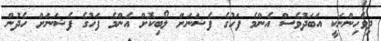
ދިވެހިންނަކީ އަބަދުވެސް އެންމެ ފަހުގެ ފެޝަނަށް ލޯބިކޮށް އެންމެ ފަހުގެ ފެޝަނަށް ހެދުން